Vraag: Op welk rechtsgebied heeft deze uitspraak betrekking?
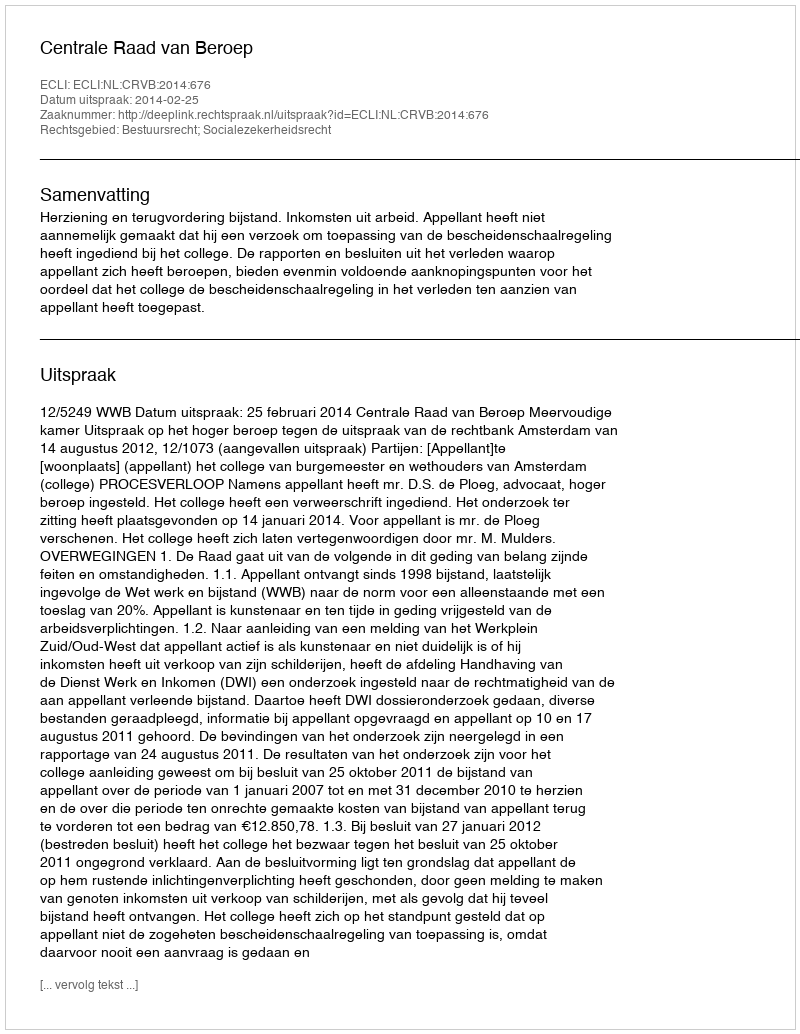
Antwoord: Bestuursrecht; Socialezekerheidsrecht